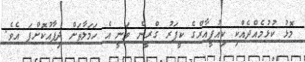
މޮޅު ކުޅުމެއްދެއްކި ކިއުޕީއާރްގެ ކީޕަރު ގްރީން ވަނީ އެ ހަމަލާތަށް ދިފާއުކޮށްފަ އެވެ.